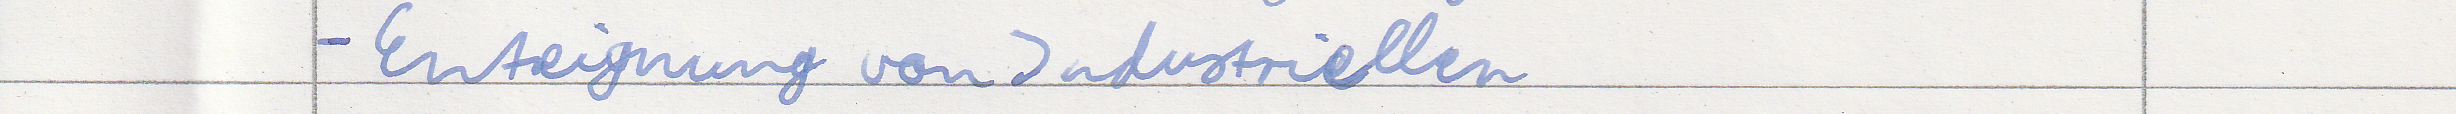
- Enteignung von Industriellen